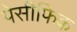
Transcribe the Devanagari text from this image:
पेसीफिक